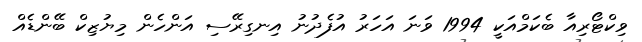
ވިކްޓޯރިއާ ބެކަމްއަކީ 1994 ވަނަ އަހަރު އުފެދުނު އިނގިރޭސި އަންހެން މިޔުޒިކް ބޭންޑެއް